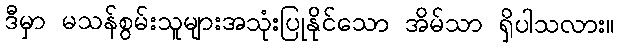
ဒီမှာ မသန်စွမ်းသူများအသုံးပြုနိုင်သော အိမ်သာ ရှိပါသလား။